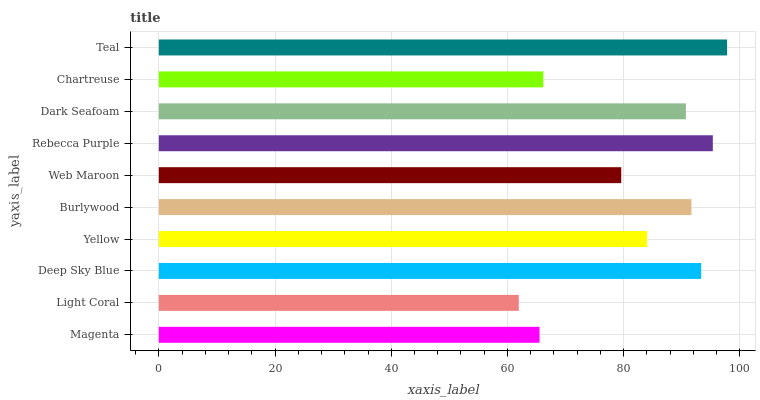
| yaxis_label | bars |
 | --- | --- |
 | Magenta | 65.5 |
 | Light Coral | 61.9 |
 | Deep Sky Blue | 93.3 |
 | Yellow | 84 |
 | Burlywood | 91.7 |
 | Web Maroon | 79.6 |
 | Rebecca Purple | 95.3 |
 | Dark Seafoam | 90.7 |
 | Chartreuse | 66.2 |
 | Teal | 97.8 |